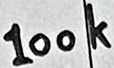
Text: 100k